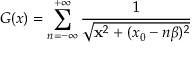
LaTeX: G ( x ) = \sum _ { n = - \infty } ^ { + \infty } \frac { 1 } { \sqrt { { \bf x } ^ { 2 } + ( x _ { 0 } - n \beta ) ^ { 2 } } }